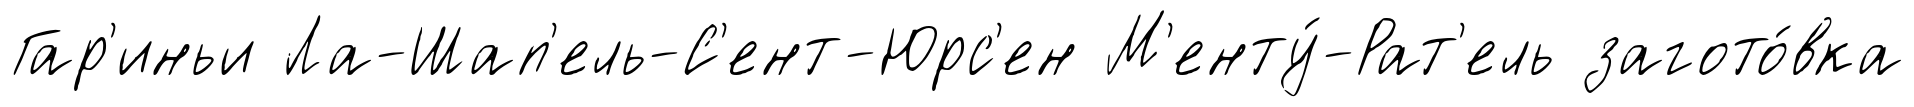
Гар'иньи Ла-Шап'ель-С'ент-Юрс'ен М'енту́-Рат'ель загото́вка